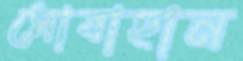
সোবাহান